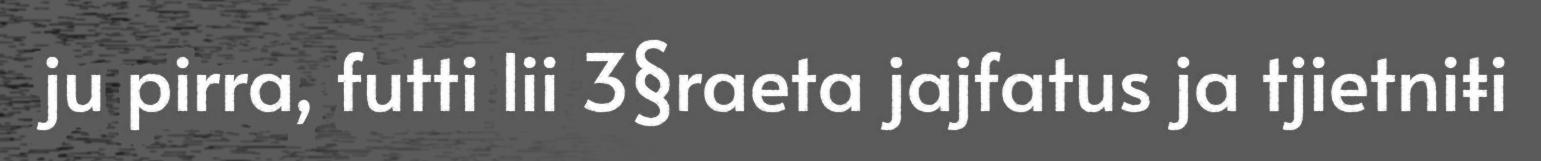
ju pirra, futti lii 3§raeta jajfatus ja tjietniŧi